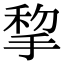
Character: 𢮃